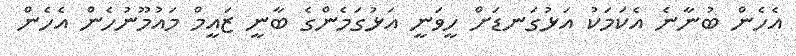
އެހެން ބުނާނެ އެކަމަކު އަޅުގަނޑަށް ހީވަނީ އަޅުގަމެންގެ ބާނީ ޒައީމް މައުމޫނުހެން އެހެން